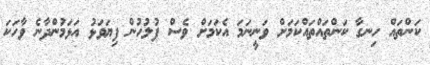
ކަންތައް ހިނގާ ކަންތައްތައްކަމަށް ވަނީނަމަ އެކަމަށް ވެސް ފުލުހުން ފިޔަވަޅު އަޅަމުންދާނެ ވާހަކަ